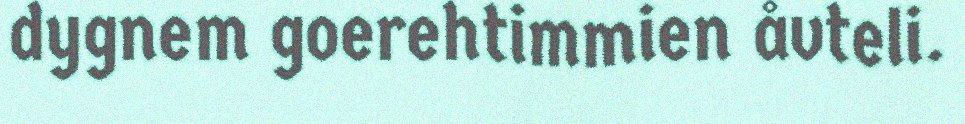
dygnem goerehtimmien åvteli.